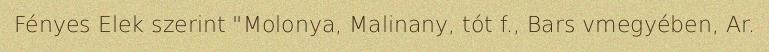
Fényes Elek szerint "Molonya, Malinany, tót f., Bars vmegyében, Ar.